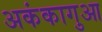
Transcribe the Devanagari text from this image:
अकंकागुआ